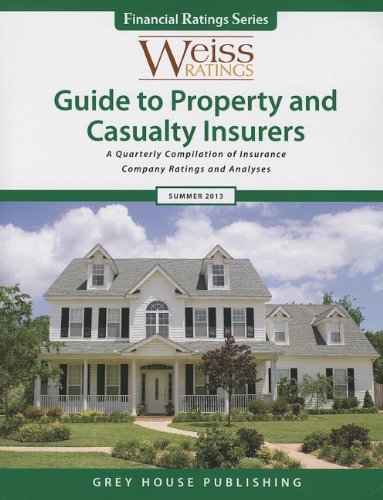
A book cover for Weiss Ratings' Guide to Property & Casualty Insures, Summer 2013 (Weiss Ratings Guide to Property & Casualty Insurers); Business & Money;